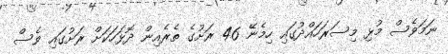
ނަމަވެސް މުޅި މިސަރަހައްދުގައި ހިމެނޭ 46 ރަށުގެ ތެރެއިން ދޮޅަހަކަށް ރަށުގައި ވެސް